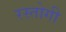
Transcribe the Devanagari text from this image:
रस्‍तोगी